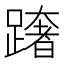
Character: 𨅓